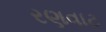
રણવાટ